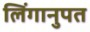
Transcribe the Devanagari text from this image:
लिंगानुपत